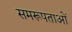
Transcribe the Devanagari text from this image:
समरूपताओं